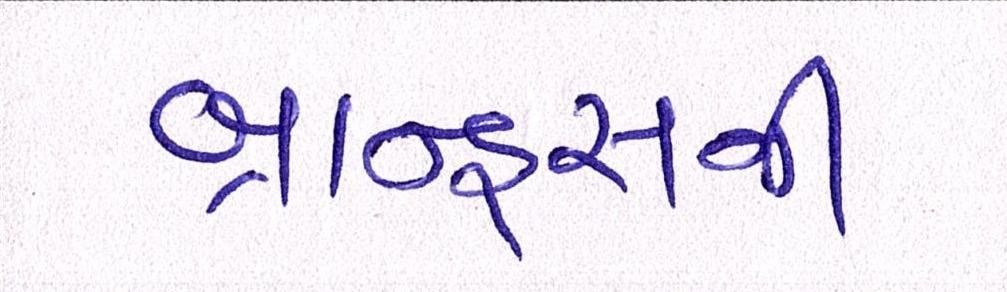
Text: બ્રાન્ડ્સની